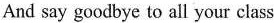
And say goodbye to all your class